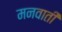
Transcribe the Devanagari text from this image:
मनवाती